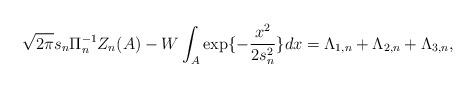
LaTeX: \begin{align*} \sqrt{2\pi} s_n \Pi_n^{-1} Z_n(A) -W \int_A \exp \{ -\frac{x^2}{2s_n^2}\} dx = \Lambda_{1,n} +\Lambda_{2,n }+\Lambda_{3,n} ,\end{align*}